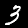
Digit: 3